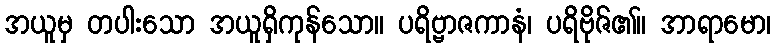
အယူမှ တပါးသော အယူရှိကုန်သော။ ပရိဗ္ဗာဇကာနံ၊ ပရိဗိုဇ်၏။ အာရာမော၊